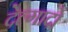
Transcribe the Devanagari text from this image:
देल्गादो